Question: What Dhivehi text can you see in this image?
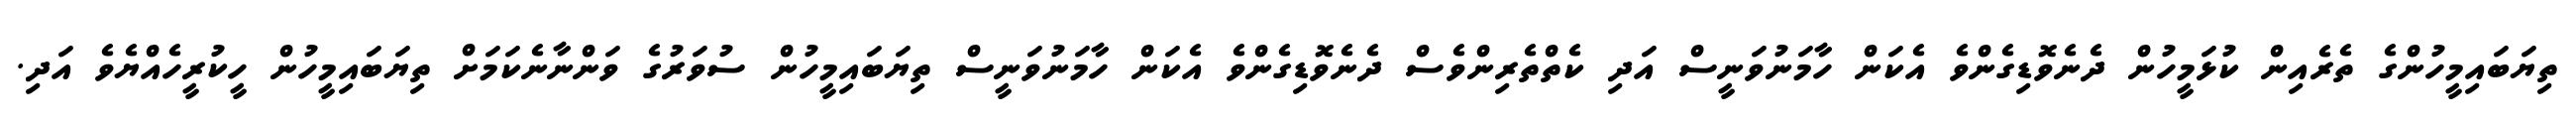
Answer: ތިޔަބައިމީހުންގެ ތެރެއިން ކުޅަމީހުން ދެނެވޮޑިގެންވެ އެކަން ހާމަނުވަނީސް އަދި ކެތްތެރިންވެސް ދެނެވޮޑިގެންވެ އެކަން ހާމަނުވަނީސް ތިޔަބައިމީހުން ސުވަރުގެ ވަންނާނެކަމަށް ތިޔަބައިމީހުން ހީކުރީހެއްޔެވެ އަދި.